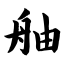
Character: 舳